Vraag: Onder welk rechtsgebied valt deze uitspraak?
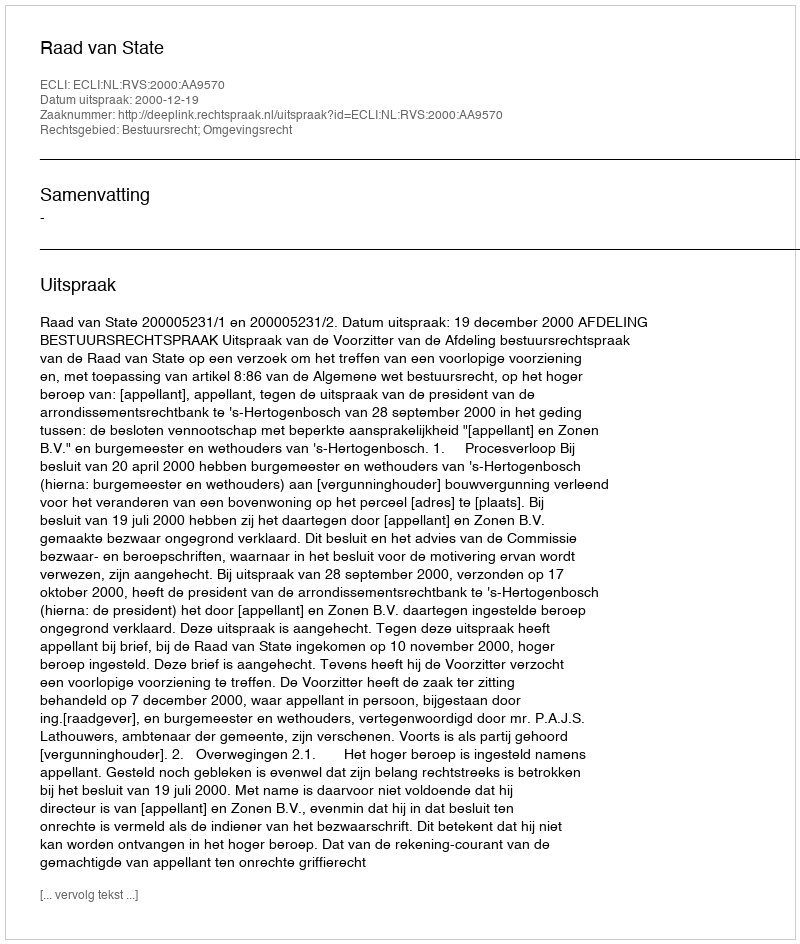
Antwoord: Bestuursrecht; Omgevingsrecht